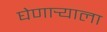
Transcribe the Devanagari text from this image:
घेणार्‍याला